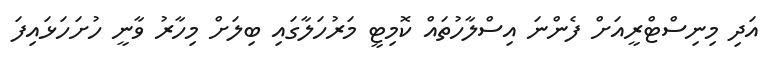
އަދި މިނިސްޓްރީއަށް ފެންނަ އިސްލާހުތައް ކޮމިޓީ މަރުހަލާގައި ބިލަށް މިހާރު ވާނީ ހުށަހަޅައިފަ